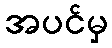
အပင်မှ